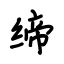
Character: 缔